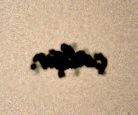
çalışır.